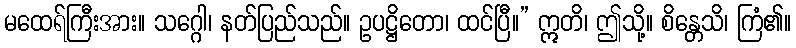
မထေရ်ကြီးအား။ သဂ္ဂေါ၊ နတ်ပြည်သည်။ ဥပဋ္ဌိတော၊ ထင်ပြီ။” ဣတိ၊ ဤသို့။ စိန္တေသိ၊ ကြံ၏။